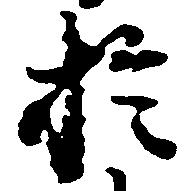
於